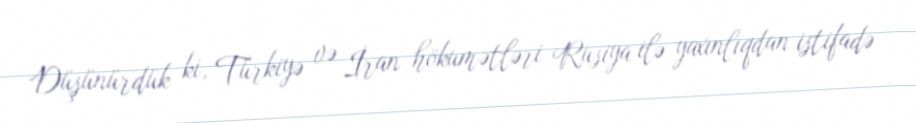
Düşünürdük ki, Türkiyə və İran hökumətləri Rusiya ilə yaxınlıqdan istifadə